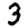
Digit: 3